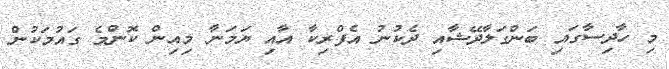
މި ހާދިސާގައި ބަންގަލާދޭޝާއި ދެކުނު އެފްރިކާ އާއި ޔަމަނާ މިއިން ކޮންމެ ގައުމަކުން